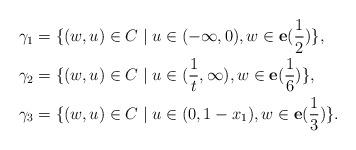
LaTeX: \begin{align*}\gamma_1&=\{(w,u)\in C\mid u\in (-\infty,0), w\in \bold e(\dfrac{1}{2})\}, \\\gamma_2&=\{(w,u)\in C\mid u\in (\dfrac{1}{t},\infty), w\in \bold e(\dfrac{1}{6})\}, \\\gamma_3&=\{(w,u)\in C\mid u\in (0,1-x_1), w\in \bold e(\dfrac{1}{3})\}. \end{align*}